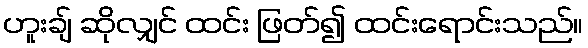
ဟူးချ် ဆိုလျှင် ထင်း ဖြတ်၍ ထင်းရောင်းသည်။